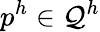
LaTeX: p^{h}\in\mathcal{Q}^{h}